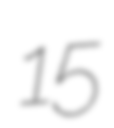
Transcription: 15